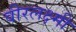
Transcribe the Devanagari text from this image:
वीरलक्ष्मी